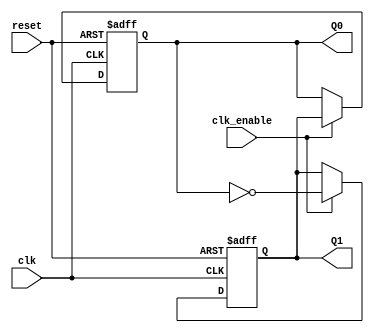
module dual_stage_johnson_counter (
    input wire clk,            // Clock input
    input wire reset,          // Asynchronous reset input
    input wire clk_enable,     // Clock enable input (optional)
    output reg Q1,            // Output from the first flip-flop
    output reg Q0             // Output from the second flip-flop
);

    // Always block for synchronous operation
    always @(posedge clk or posedge reset) begin
        if (reset) begin
            Q1 <= 1'b0;        // Initialize Q1 to 0
            Q0 <= 1'b0;        // Initialize Q0 to 0
        end else if (clk_enable) begin
            // Johnson counter logic
            {Q1, Q0} <= {~Q0, Q1}; // Update state
        end
    end

endmodule